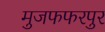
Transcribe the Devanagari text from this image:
मुजफफरपुर